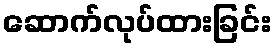
ဆောက်လုပ်ထားခြင်း